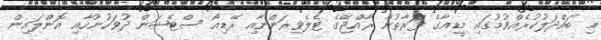
މި ބައްދަލުކުރެއްވުމުގައި މީޑިއާގެ ފަރާތުން ރާއްޖޭގެ ޓެލެވިޜަންނާއި ރޭޑިއޯ ސްޓޭޝަން ދުވަހުނޫހާއި އޮންލައިން